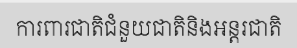
ការពារជាតិជំនួយជាតិនិងអន្តរជាតិ